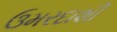
ઉમરદાશી